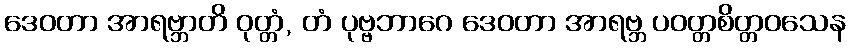
ဒေဝတာ အာရဗ္ဘာတိ ဝုတ္တံ, တံ ပုဗ္ဗဘာဂေ ဒေဝတာ အာရဗ္ဘ ပဝတ္တစိတ္တဝသေန